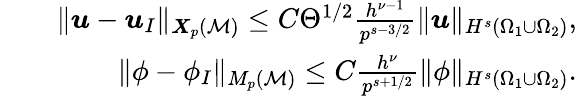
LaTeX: \begin{array}{rlr}&{}&{\| \boldsymbol{u}-\boldsymbol{u}_{I}\| _{{\boldsymbol{X}}_{p}({\cal M})}\le C\Theta^{1/2}\frac{h^{\nu-1}}{p^{s-3/2}}\| \boldsymbol{u}\| _{H^{s}(\Omega_{1}\cup\Omega_{2})},}\\ &{}&{\| \phi-\phi_{I}\| _{M_{p}({\cal M})}\le C\frac{h^{\nu}}{p^{s+1/2}}\| \phi\| _{H^{s}(\Omega_{1}\cup\Omega_{2})}.}\end{array}